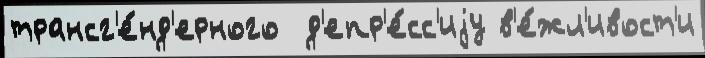
трансг'е́нд'ерного  д'епр'е́сс'иjу в'е́жл'ивост'и